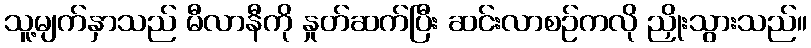
သူ့မျက်နှာသည် မီလာနီကို နှုတ်ဆက်ပြီး ဆင်းလာစဉ်ကလို ညှိုးသွားသည်။